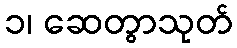
၁၊ ဆေတွာသုတ်